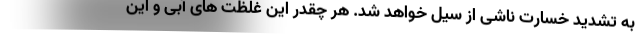
به تشدید خسارت ناشی از سیل خواهد شد. هر چقدر این غلظت های آبی و این